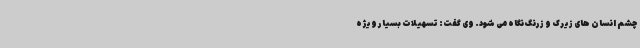
چشم انسان های زیرک و زرنگ نگاه می شود. وی گفت: تسهیلات بسیار ویژه